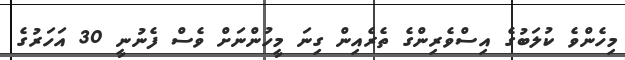
މިހެންވެ ކުލަބުގެ އިސްވެރިންގެ ތެރެއިން ގިނަ މީހުންނަށް ވެސް ފެނުނީ 30 އަހަރުގެ